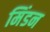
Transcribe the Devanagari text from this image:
मिंडन